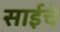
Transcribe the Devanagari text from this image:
साईचे